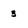
Character: 3